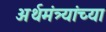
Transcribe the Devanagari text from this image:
अर्थमंत्र्यांच्या